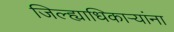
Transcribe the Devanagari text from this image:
जिल्ह्याधिकाऱ्यांना